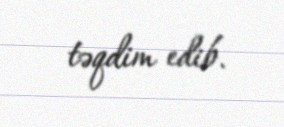
təqdim edib.